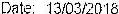
DATE: 13/03/2018